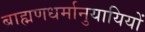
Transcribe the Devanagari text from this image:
ब्राह्मणधर्मानुयायियों